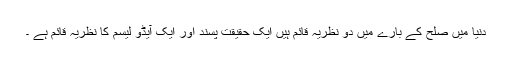
دنیا میں صلح کے بارے میں دو نظریہ قائم ہیں ایک حقیقت پسند اور ایک آیڈو لیسم کا نظریہ قائم ہے ۔